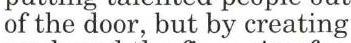
of the door, but by creating